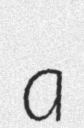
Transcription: a